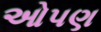
ઓપણ